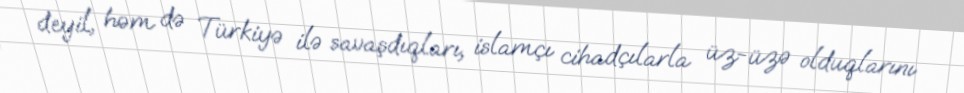
deyil, həm də Türkiyə ilə savaşdıqları, islamçı cihadçılarla üz-üzə olduqlarını